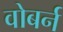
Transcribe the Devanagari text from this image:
वोबर्न